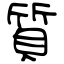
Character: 質